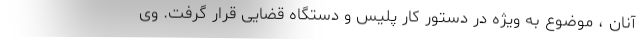
آنان ، موضوع به ویژه در دستور کار پلیس و دستگاه قضایی قرار گرفت. وی